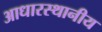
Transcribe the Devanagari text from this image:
आधारस्थानीय